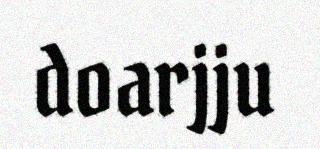
doarjju